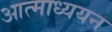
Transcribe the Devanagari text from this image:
आत्माध्ययन